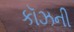
કૉઝની